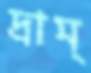
দ্রাম্